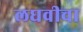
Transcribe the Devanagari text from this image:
लघवीचा